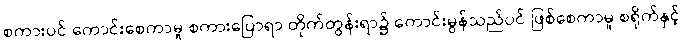
စကားပင် ကောင်းစေကာမူ စကားပြောရာ တိုက်တွန်းရာ၌ ကောင်းမွန်သည်ပင် ဖြစ်စေကာမူ စရိုက်နှင့်